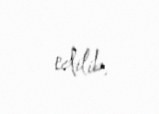
edilib.